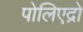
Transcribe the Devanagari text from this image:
पोलिएद्रो